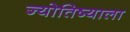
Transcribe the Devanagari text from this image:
ज्योतिष्याला